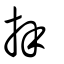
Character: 拜